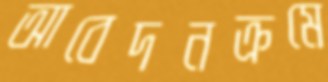
আবেদনক্রমে